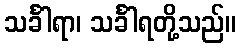
သင်္ခါရာ၊ သင်္ခါရတို့သည်။